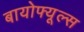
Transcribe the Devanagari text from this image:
बायोफ्यूल्स